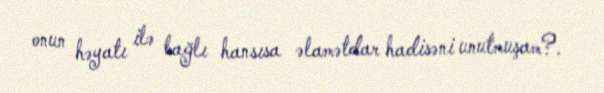
onun həyatı ilə bağlı hansısa əlamətdar hadisəni unutmuşam?.